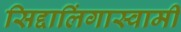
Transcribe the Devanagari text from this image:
सिद्दालिंगास्वामी